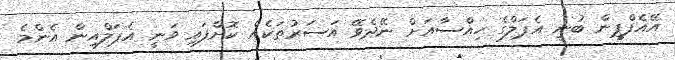
އޭއެފްޕީން ބުނީ އެޕަލްގެ ހިއްސާއަށް ނޭދެވޭ އަސަރުތަކެއް ކޮށްފައި ވަނީ އެޕަލްއިން އެންމެ